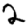
Digit: 2